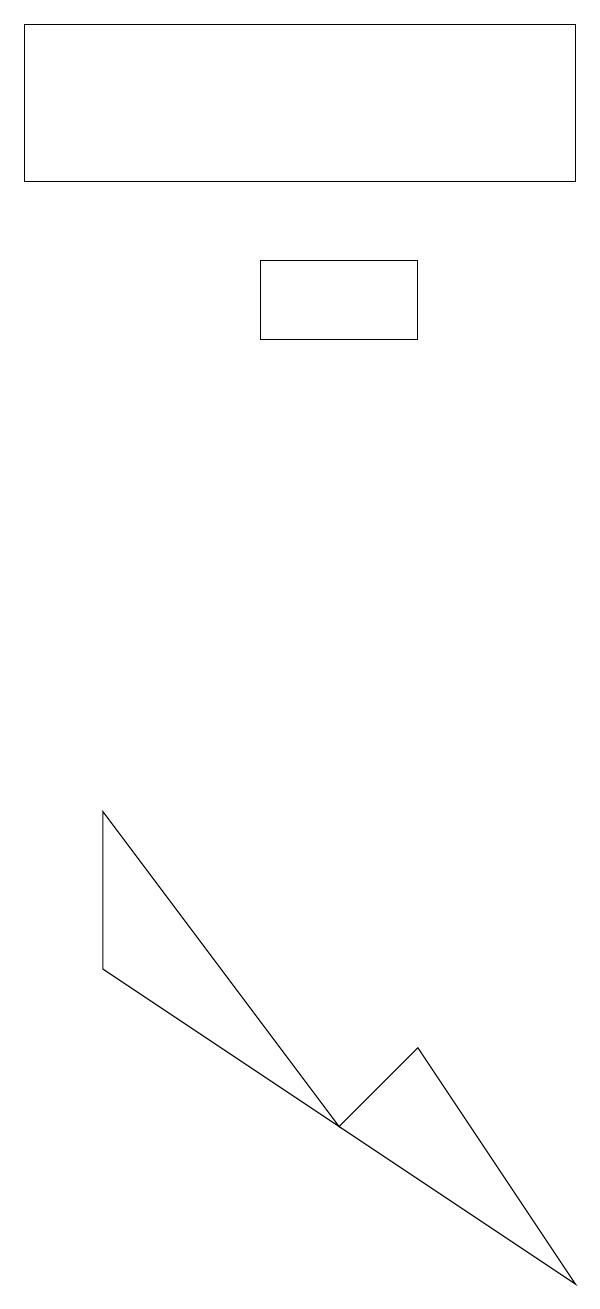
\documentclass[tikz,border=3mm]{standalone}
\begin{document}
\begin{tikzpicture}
\draw (5,4) -- (7,1) -- (4,3) -- cycle;
\draw (3,14) rectangle (5,13);
\draw (7,15) rectangle (0,17);
\draw (4,3) -- (1,7) -- (1,5) -- cycle;
\draw (0,15) rectangle (1,15);
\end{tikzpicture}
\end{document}